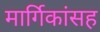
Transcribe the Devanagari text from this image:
मार्गिकांसह